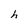
Character: h